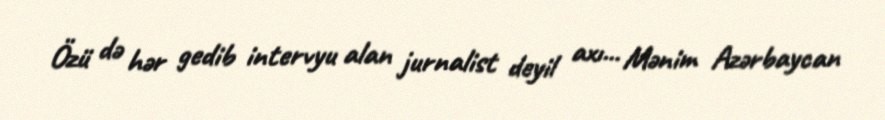
Özü də hər gedib intervyu alan jurnalist deyil axı... Mənim Azərbaycan